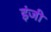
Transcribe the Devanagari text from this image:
इंजी